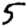
Digit: 5